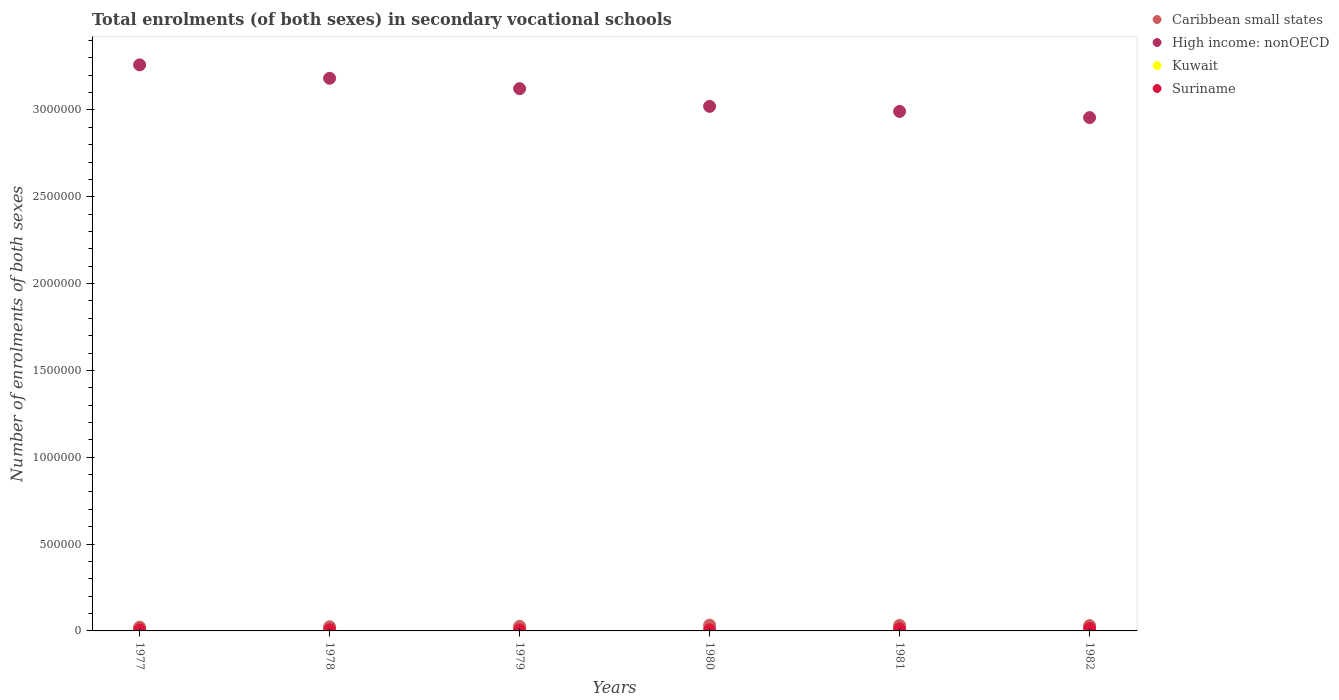
| Years | Caribbean small states | High income: nonOECD | Kuwait | Suriname |
 | --- | --- | --- | --- | --- |
 | 1977 | 2.14e+04 | 3.26e+06 | 1.18e+03 | 6.38e+03 |
 | 1978 | 2.38e+04 | 3.18e+06 | 871 | 6.35e+03 |
 | 1979 | 2.62e+04 | 3.12e+06 | 705 | 5.74e+03 |
 | 1980 | 3.31e+04 | 3.02e+06 | 403 | 5.59e+03 |
 | 1981 | 3.18e+04 | 2.99e+06 | 421 | 1.13e+04 |
 | 1982 | 3.04e+04 | 2.96e+06 | 672 | 1.37e+04 |